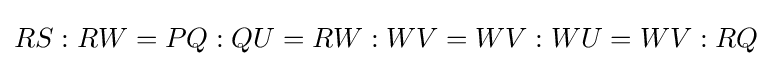
RS:RW=PQ:QU=RW:WV=WV:WU=WV:RQ